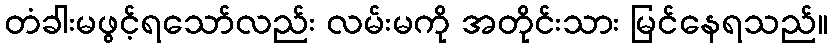
တံခါးမဖွင့်ရသော်လည်း လမ်းမကို အတိုင်းသား မြင်နေရသည်။